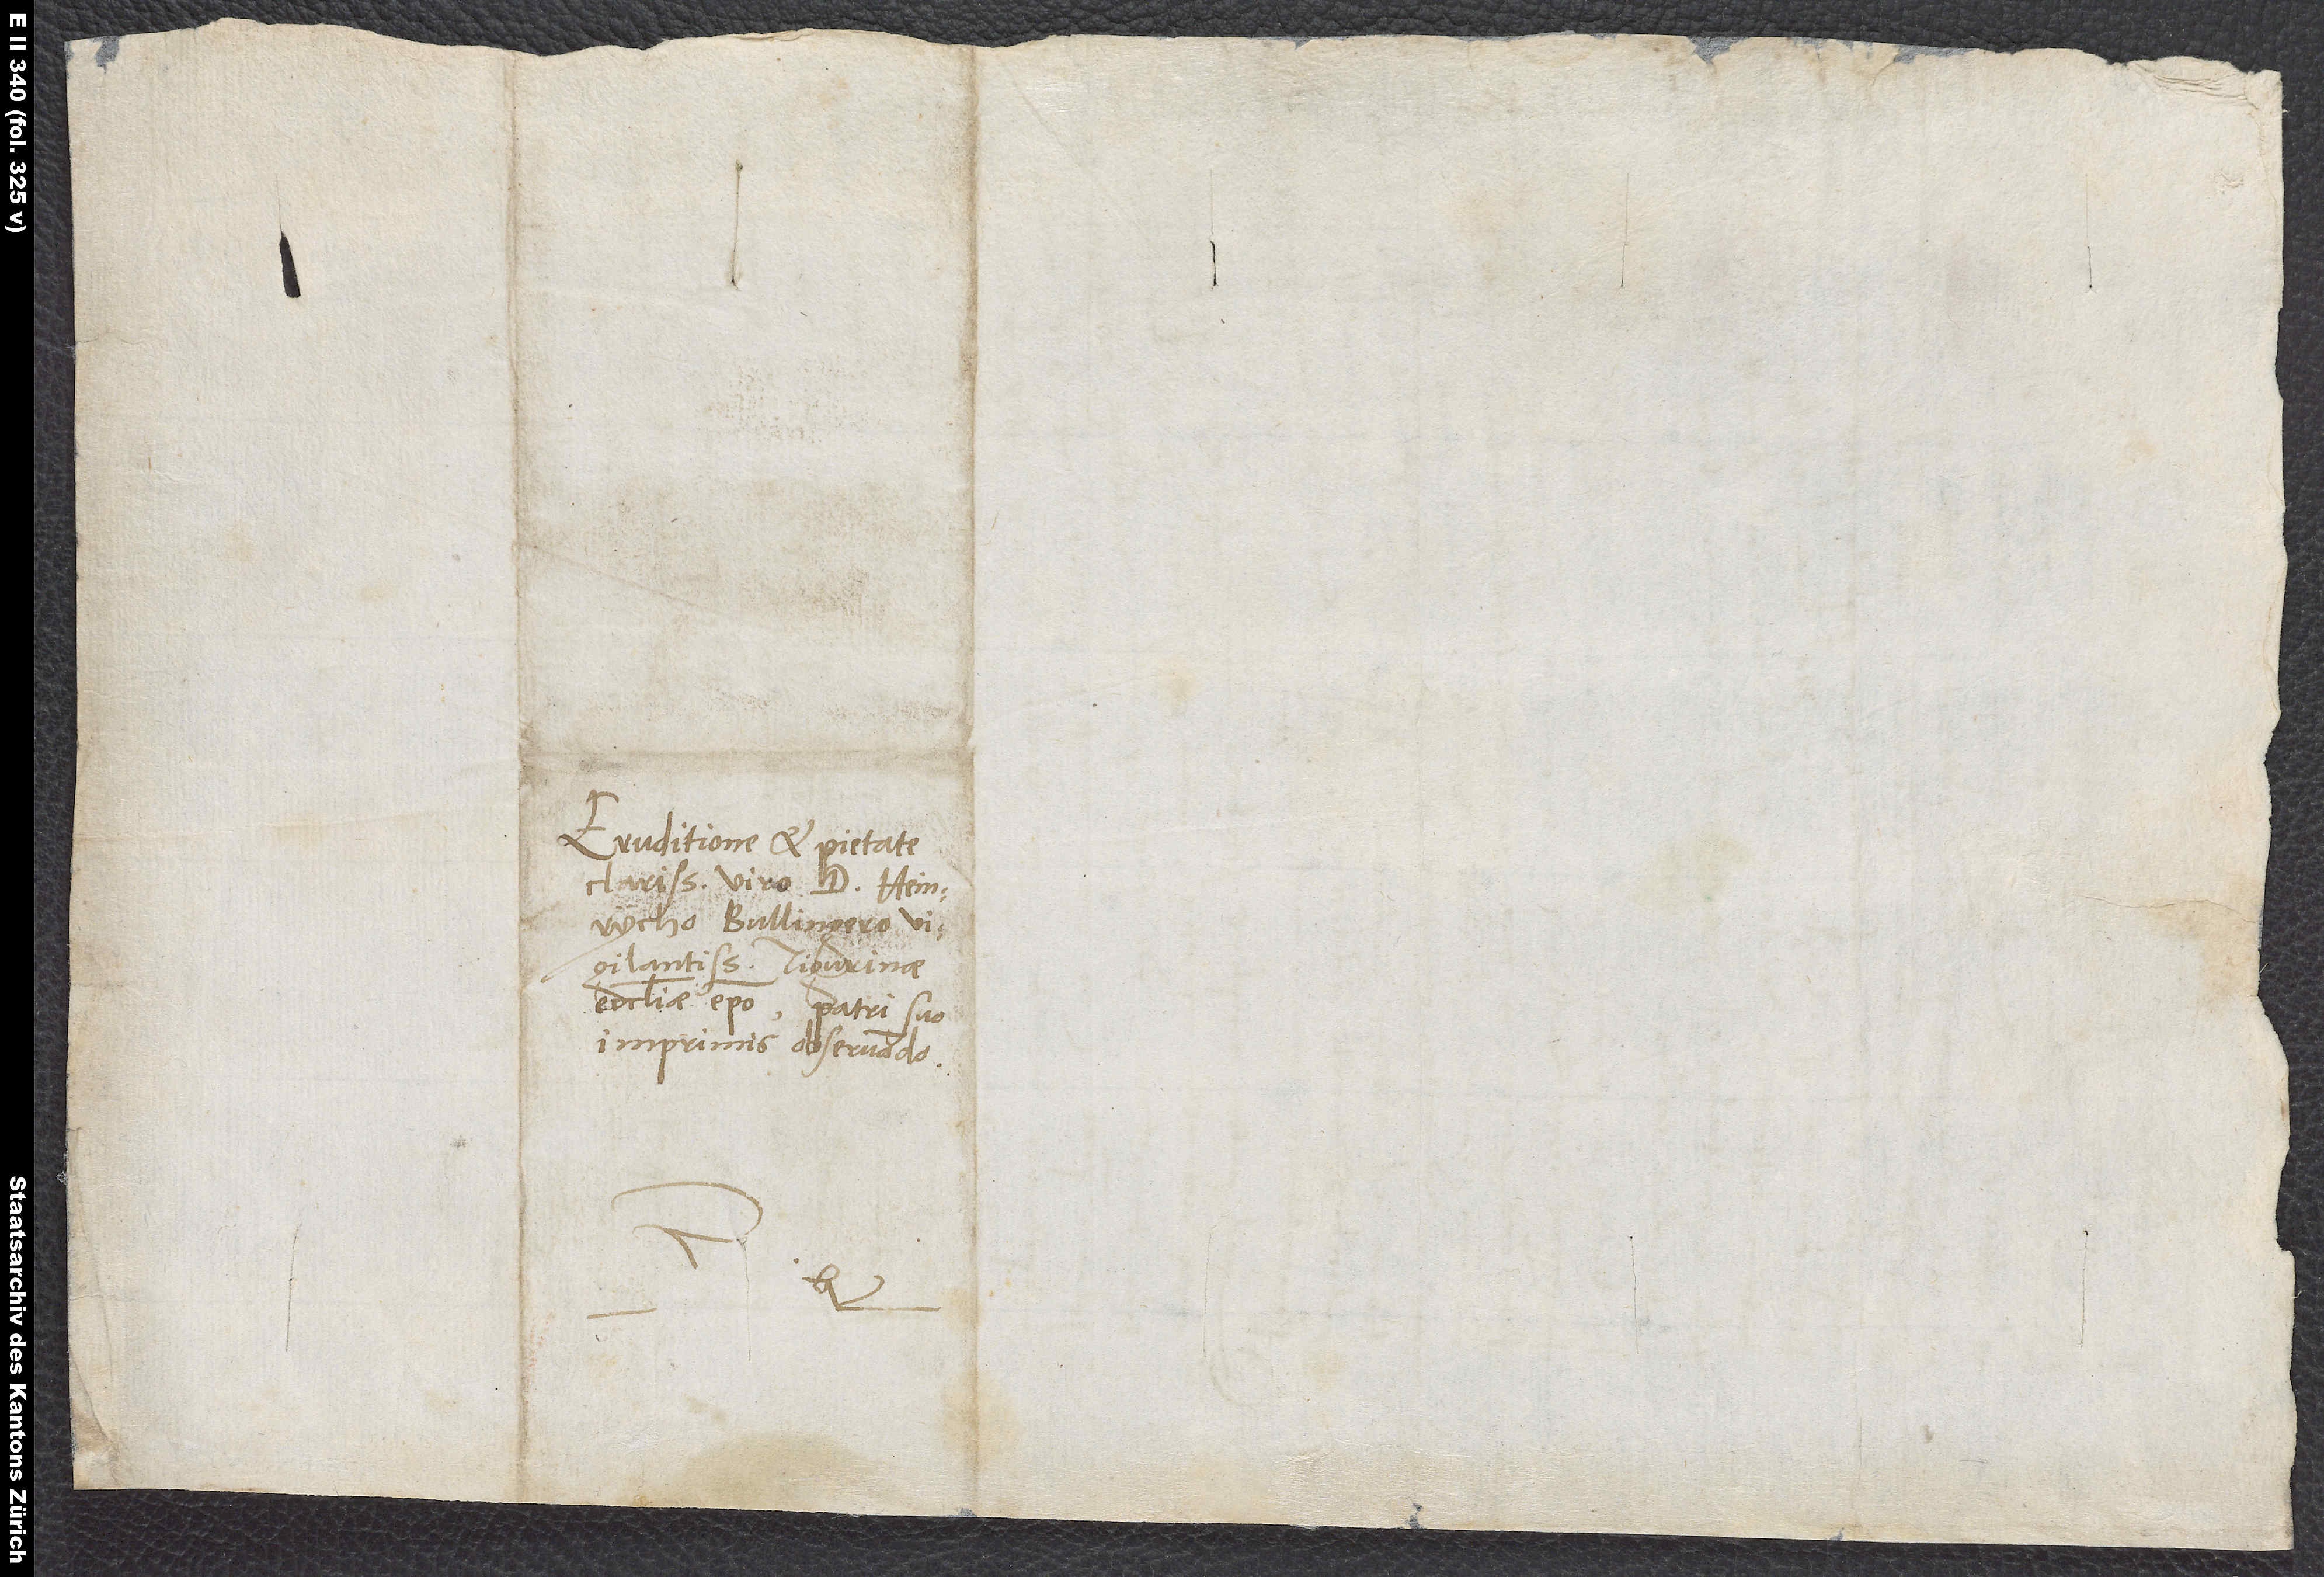
Eruditione et pietate
clarissimo viro d. Heinrycho
Bullingero,
vigilantissimo Tigurinae
ecclesiae episcopo, patri suo
imprimis observando.